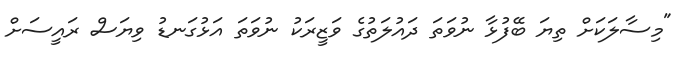
"މިސާލަކަށް ތިޔަ ބޭފުޅާ ނުވަތަ ދައުލަތުގެ ވަޒީރަކު ނުވަތަ އަޅުގަނޑު ވިޔަސް ރައީސަށް